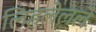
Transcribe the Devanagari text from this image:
लिहलेलले